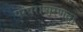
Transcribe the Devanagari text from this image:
परंपराशरणता